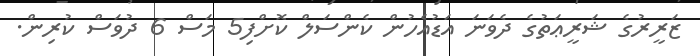
ޒަރީރުގެ ޝަރީޢަތުގެ ދެވަނަ އަޑުއެހުން ކެންސަލް ކޮށްފި5 މަސް 6 ދުވަސް ކުރިން.